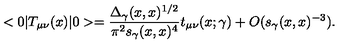
< 0 | T _ { \mu \nu } ( x ) | 0 > = { \frac { \Delta _ { \gamma } ( x , x ) ^ { 1 / 2 } } { \pi ^ { 2 } s _ { \gamma } ( x , x ) ^ { 4 } } } t _ { \mu \nu } ( x ; \gamma ) + O ( s _ { \gamma } ( x , x ) ^ { - 3 } ) .